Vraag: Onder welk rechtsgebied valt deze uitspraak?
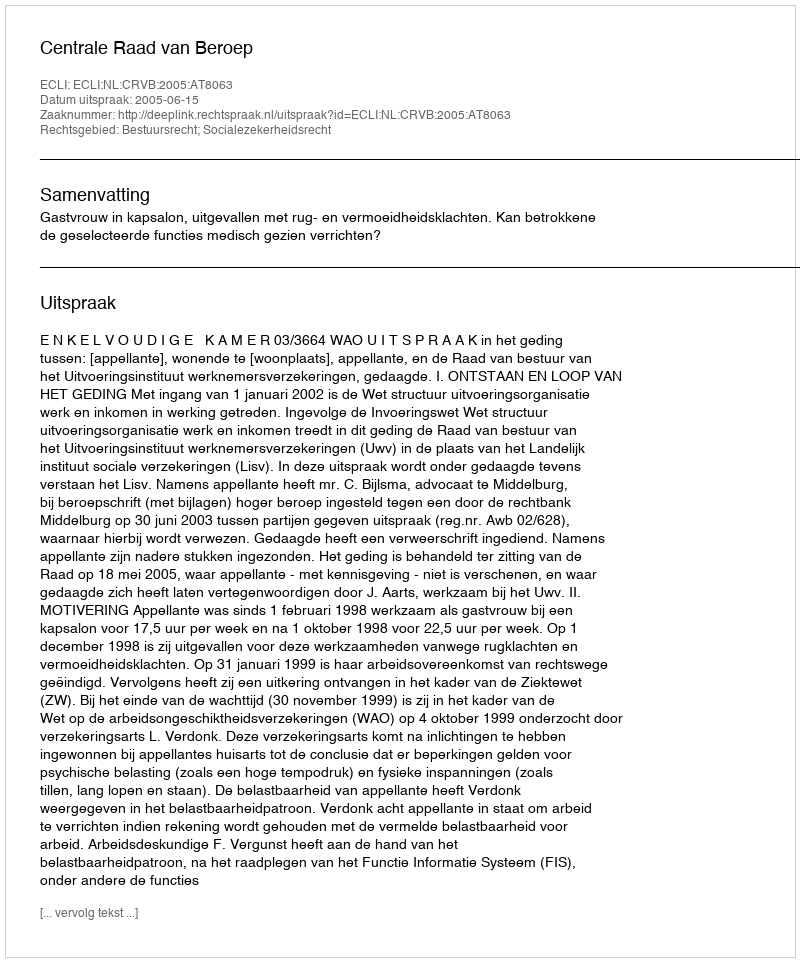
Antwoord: Bestuursrecht; Socialezekerheidsrecht